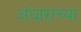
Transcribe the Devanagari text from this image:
अंधाराच्या